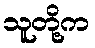
သူတို့က